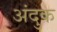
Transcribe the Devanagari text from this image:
अंदुक